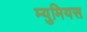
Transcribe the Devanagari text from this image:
म्युमियस